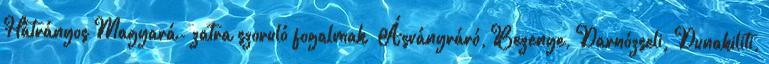
Hátrányos Magyará- zatra szoruló fogalmak ▪Ásványráró, Bezenye, Darnózseli, Dunakiliti,